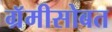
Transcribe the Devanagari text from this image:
ग्रॅमीसोबत